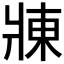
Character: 𬌃